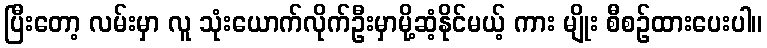
ပြီးတော့ လမ်းမှာ လူ သုံးယောက်လိုက်ဦးမှာမို့ဆံ့နိုင်မယ့် ကား မျိုး စီစဉ်ထားပေးပါ။